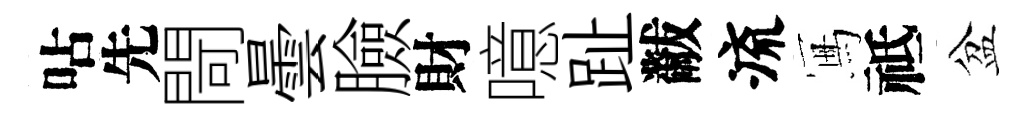
呫先閜曇臉財噫趾黻流冩祗盆